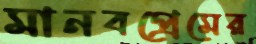
মানবপ্রেমের